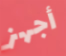
أجهز